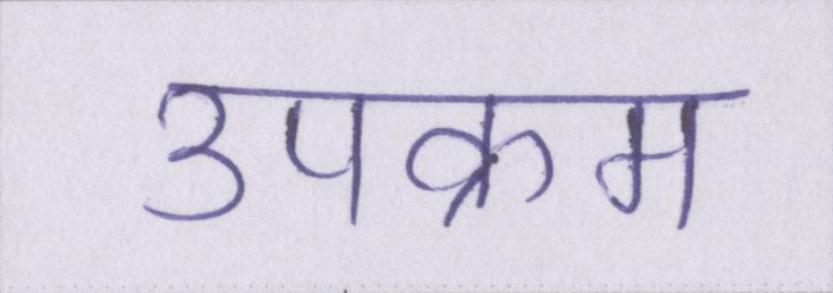
उपक्रम